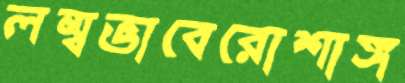
লম্বভাবেরোশাঙ্গ